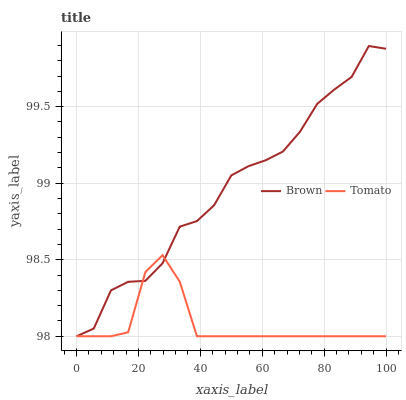
| xaxis_label | Brown | Tomato |
 | --- | --- | --- |
 | 0 | 98 | 98 |
 | 5.56 | 98.1 | 98 |
 | 11.1 | 98.3 | 98 |
 | 16.7 | 98.4 | 98 |
 | 22.2 | 98.4 | 98.4 |
 | 27.8 | 98.5 | 98.5 |
 | 33.3 | 98.7 | 98.4 |
 | 38.9 | 98.8 | 98 |
 | 44.4 | 98.9 | 98 |
 | 50 | 99.1 | 98 |
 | 55.6 | 99.1 | 98 |
 | 61.1 | 99.1 | 98 |
 | 66.7 | 99.2 | 98 |
 | 72.2 | 99.3 | 98 |
 | 77.8 | 99.5 | 98 |
 | 83.3 | 99.6 | 98 |
 | 88.9 | 99.7 | 98 |
 | 94.4 | 99.9 | 98 |
 | 100 | 99.9 | 98 |